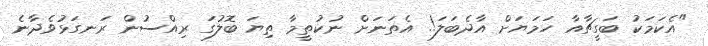
"އެކަމަކު ބަގީޗާއާ ހަމަޔަށް އާދެބަލަ!. އެތަނަށް ނުކުތީމާ ތިޔަ ބޮލުގަ ރިއްސުން ރަނގަޅުވެދާނެ